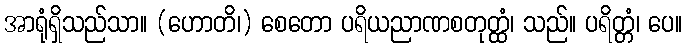
အာရုံရှိသည်သာ။ (ဟောတိ၊) စေတော ပရိယညာဏစတုတ္ထံ၊ သည်။ ပရိတ္တံ၊ ပေ။